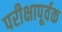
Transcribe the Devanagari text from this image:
परीक्षापूर्वक